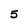
Character: 5